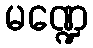
မဏ္ဍေ